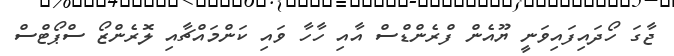
ޖާގަ ހޯދައިފައިވަނީ ޔޫއެން ފްރެންޑްސް އާއި ހާހާ ވައި ކަންމައްޗާއި ލޮރެންޒޯ ސްޕޯޓްސް